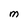
Character: M